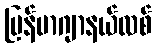
မြန်မာဂျာနယ်လစ်